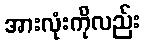
အားလုံးကိုလည်း